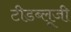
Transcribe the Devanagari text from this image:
टीडब्लूजी